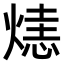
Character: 𤌷